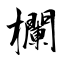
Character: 欄